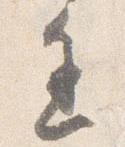
進